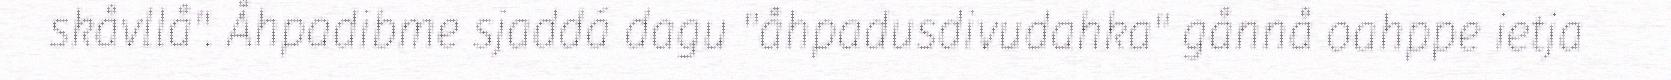
skåvllå". Åhpadibme sjaddá dagu "åhpadusdivudahka" gånnå oahppe ietja